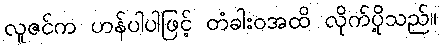
လူဇင်က ဟန်ပါပါဖြင့် တံခါးဝအထိ လိုက်ပို့သည်။